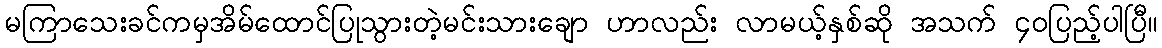
မကြာသေးခင်ကမှအိမ်ထောင်ပြုသွားတဲ့မင်းသားချော ဟာလည်း လာမယ့်နှစ်ဆို အသက် ၄၀ပြည့်ပါပြီ။